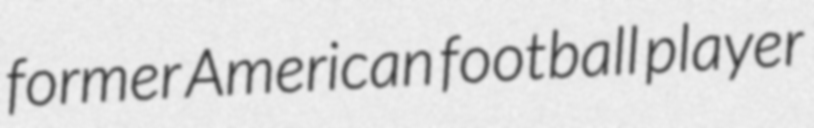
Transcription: former American football player